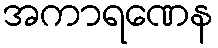
အကာရဏေန